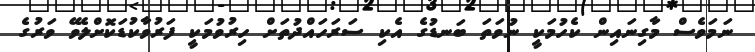
ނަމަވެސް މާގިނައިން ކެހުމަކީ ނުވަތަ ބަނޑުގެ އެކި ސަރަހައްދުތަށް ހިރުވުމަކީ ފަރުވާކުޑަކޮށްލެވޭ ވަރުގެ